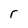
Character: r